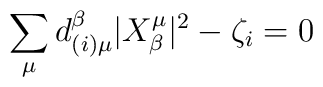
\sum_{\mu} d_{(i)\mu}^\beta|X^{\mu}_{\beta}|^2 - \zeta_i=0